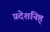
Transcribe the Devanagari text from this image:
प्रदेशनिष्ठ्